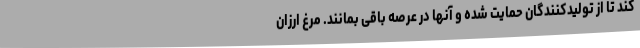
کند تا از تولیدکنندگان حمایت شده و آنها در عرصه باقی بمانند. مرغ ارزان